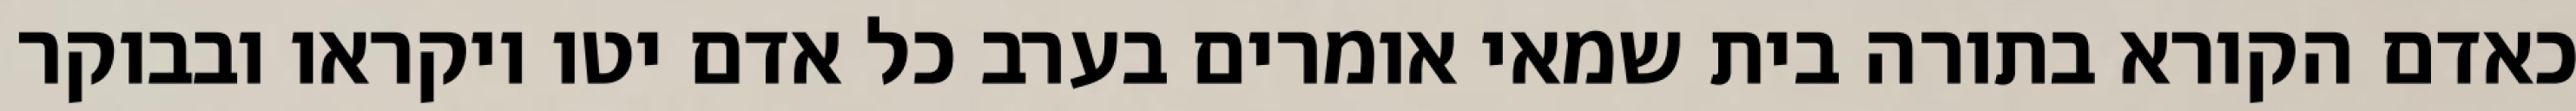
כאדם הקורא בתורה בית שמאי אומרים בערב כל אדם יטו ויקראו ובבוקר